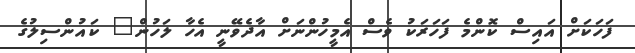
ފަހަކަށް އައިސް ކޮންމެ ފަހަރަކު ވެސް އެމީހުންނަށް އާދެވޭނީ އެހާ ލަހުން" ކައުންސިލުގެ